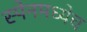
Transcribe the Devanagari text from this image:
स्पेनमध्येच